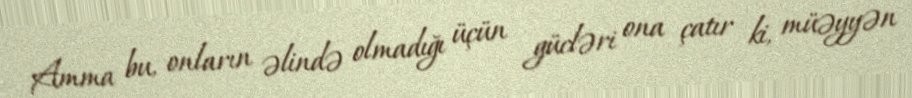
Amma bu, onların əlində olmadığı üçün gücləri ona çatır ki, müəyyən